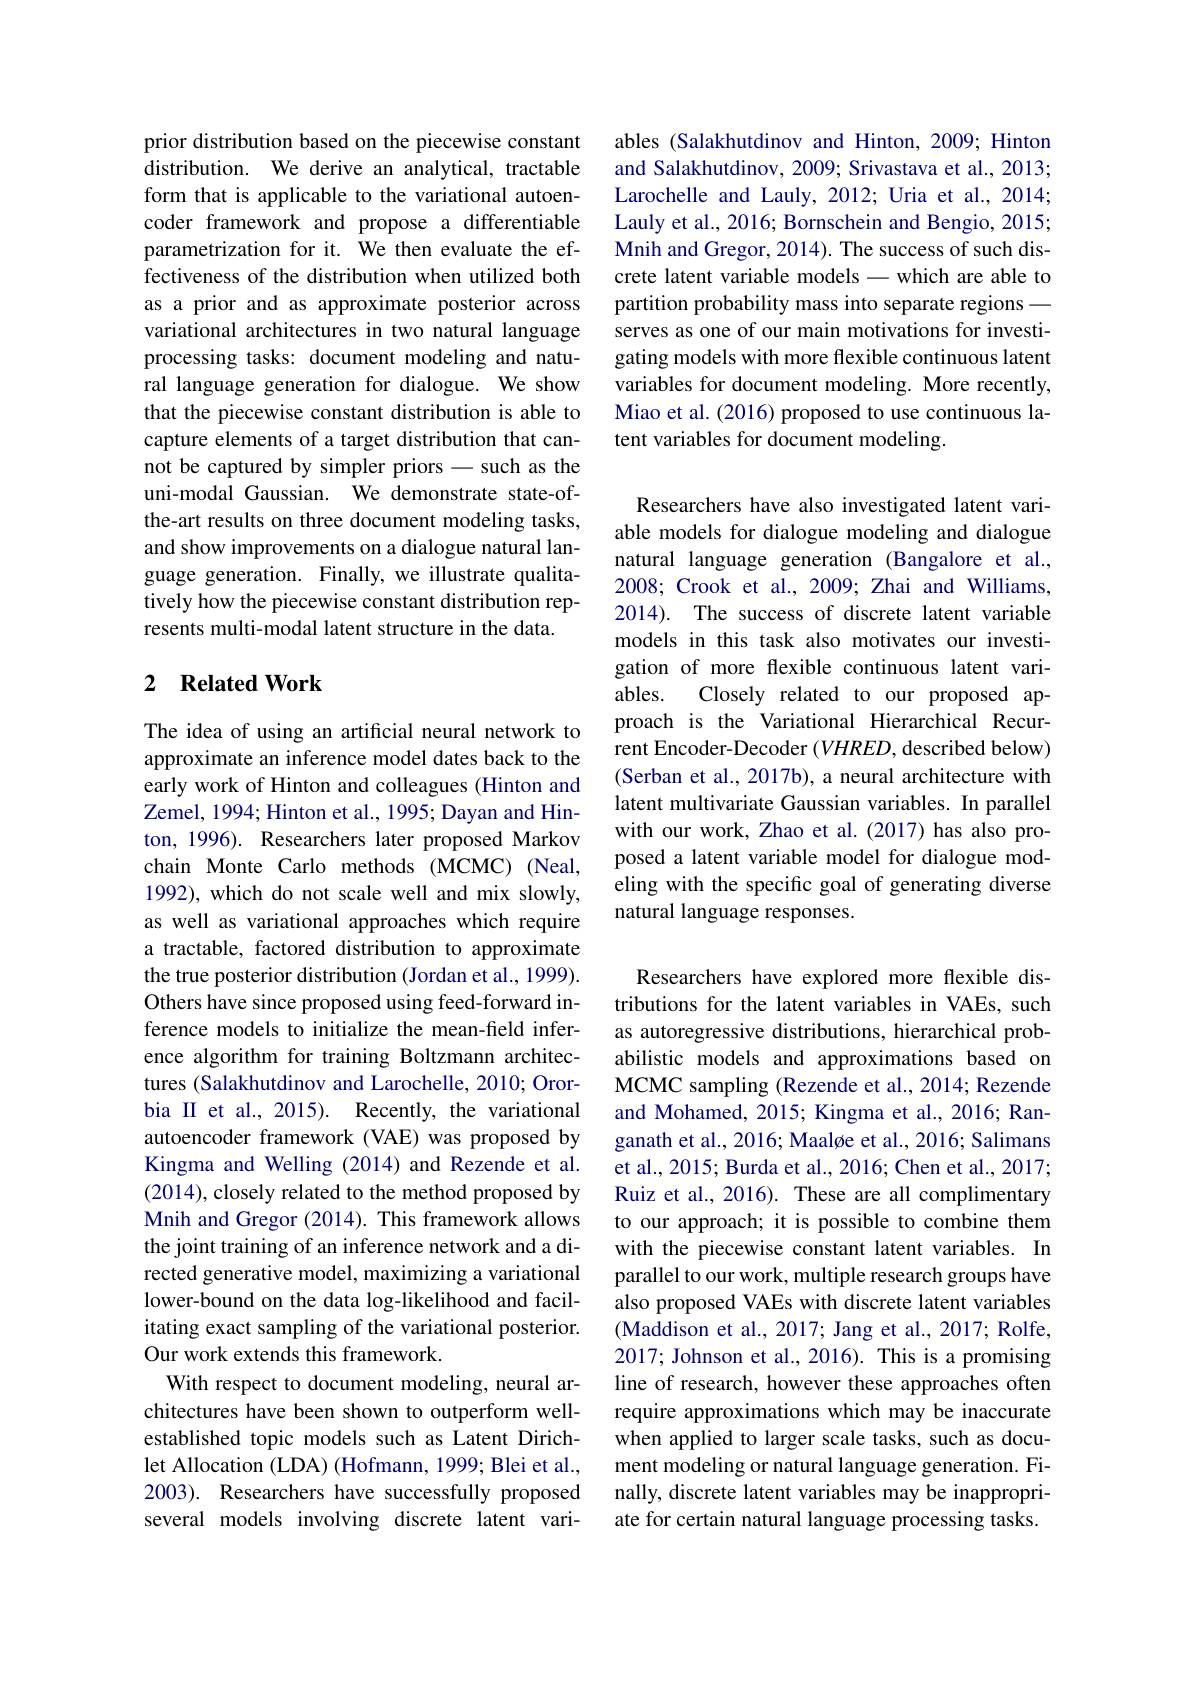
prior distribution based on the piecewise constant distribution. We derive an analytical, tractable form that is applicable to the variational autoencoder framework and propose a differentiable parametrization for it. We then evaluate the effectiveness of the distribution when utilized both as a prior and as approximate posterior across variational architectures in two natural language processing tasks: document modeling and natural language generation for dialogue. We show that the piecewise constant distribution is able to capture elements of a target distribution that cannot be captured by simpler priors-such as the uni-modal Gaussian. We demonstrate state-ofthe-art results on three document modeling tasks, and show improvements on a dialogue natural language generation. Finally, we illustrate qualitatively how the piecewise constant distribution represents multi-modal latent structure in the data.

### 2 $\textbf{Related Work}$

The idea of using an artificial neural network to approximate an inference model dates back to the early work of Hinton and colleagues (Hinton and Zemel, 1994; Hinton et al., 1995; Dayan and Hinton, 1996). Researchers later proposed Markov chain Monte Carlo methods (MCMC) (Neal, 1992), which do not scale well and mix slowly, as well as variational approaches which require a tractable, factored distribution to approximate the true posterior distribution (Jordan et al., 1999). Others have since proposed using feed-forward inference models to initialize the mean-field inference algorithm for training Boltzmann architectures (Salakhutdinov and Larochelle, 2010; Ororbia II et al., 2015). Recently, the variational autoencoder framework (VAE) was proposed by Kingma and Welling (2014) and Rezende et al. (2014),closely related to the method proposed by Mnih and Gregor (2014). This framework allows the joint training of an inference network and a directed generative model, maximizing a variational lower-bound on the data log-likelihood and facilitating exact sampling of the variational posterior. Our work extends this framework.
With respect to document modeling, neural architectures have been shown to outperform wellestablished topic models such as Latent Dirichlet Allocation (LDA) (Hofmann, 1999; Blei et al., 2003). Researchers have successfully proposed several models involving discrete latent vari-

ables (Salakhutdinov and Hinton, 2009; Hinton and Salakhutdinov, 2009; Srivastava et al., 2013; Larochelle and Lauly, 2012; Uria et al., 2014; Lauly et al., 2016; Bornschein and Bengio, 2015; Mnih and Gregor, 2014). The success of such discrete latent variable models-which are able to partition probability mass into separate regions— serves as one of our main motivations for investigating models with more flexible continuous latent variables for document modeling. More recently, Miao et al. (2016) proposed to use continuous latent variables for document modeling.

Researchers have also investigated latent variable models for dialogue modeling and dialogue natural language generation (Bangalore et al., 2008; Crook et al., 2009; Zhai and Williams, 2014). The success of discrete latent variable models in this task also motivates our investigation of more flexible continuous latent variables.
Closely related to our proposed ap-
proach is the Variational Hierarchical Recurrent Encoder-Decoder $(VHRED$, described below) (Serban et al., 2017b), a neural architecture with latent multivariate Gaussian variables. In parallel with our work, Zhao et al.(2017) has also proposed a latent variable model for dialogue modeling with the specific goal of generating diverse natural language responses.

Researchers have explored more flexible distributions for the latent variables in VAEs, such as autoregressive distributions, hierarchical probabilistic models and approximations based on MCMC sampling (Rezende et al., 2014; Rezende and Mohamed, 2015; Kingma et al., 2016; Ranganath et al., 2016; Maaløe et al., 2016; Salimans et al., 2015; Burda et al., 2016; Chen et al., 2017; Ruiz et al., 2016). These are all complimentary to our approach; it is possible to combine them with the piecewise constant latent variables. In parallel to our work, multiple research groups have also proposed VAEs with discrete latent variables (Maddison et al., 2017; Jang et al., 2017; Rolfe, 2017; Johnson et al., 2016). This is a promising line of research, however these approaches often require approximations which may be inaccurate when applied to larger scale tasks, such as document modeling or natural language generation. Finally, discrete latent variables may be inappropriate for certain natural language processing tasks.